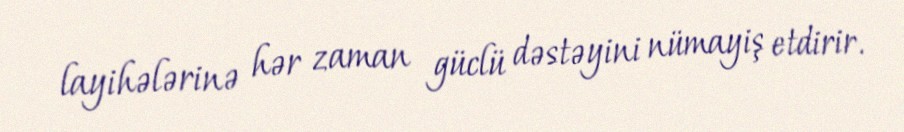
layihələrinə hər zaman güclü dəstəyini nümayiş etdirir.